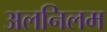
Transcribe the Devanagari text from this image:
अलनिलम